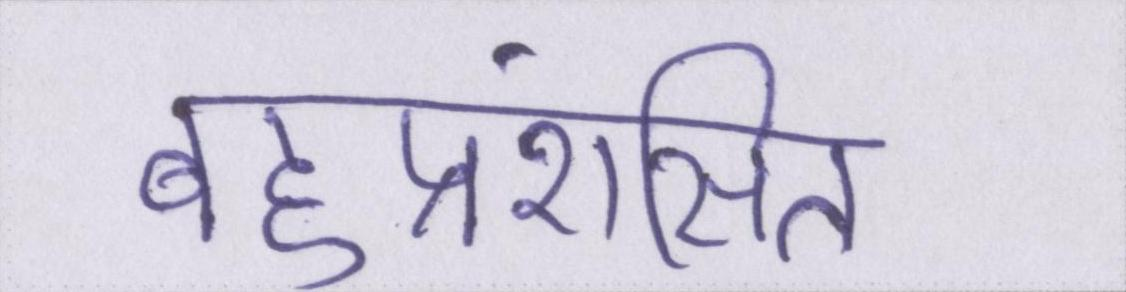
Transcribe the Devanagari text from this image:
बहुप्रशंसित